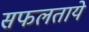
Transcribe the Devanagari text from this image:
सफलताये